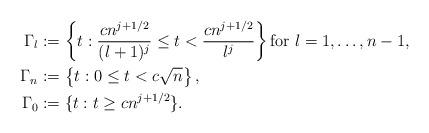
LaTeX: \begin{align*}\Gamma_{l}&:=\left\{t:\frac{cn^{j+1/2}}{(l+1)^j}\leq t<\frac{cn^{j+1/2}}{l^j}\right\}\textrm{for }l=1,\dots, n-1,\\\Gamma_{n}&:=\left\{t:0\leq t< c\sqrt{n}\right\},\\\Gamma_{0}&:=\{t:t\geq cn^{j+1/2}\}.\end{align*}